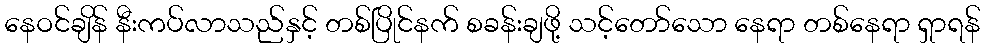
နေဝင်ချိန် နီးကပ်လာသည်နှင့် တစ်ပြိုင်နက် စခန်းချဖို့ သင့်တော်သော နေရာ တစ်နေရာ ရှာရန်